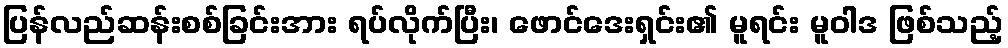
ပြန်လည်ဆန်းစစ်ခြင်းအား ရပ်လိုက်ပြီး၊ ဖောင်ဒေးရှင်း၏ မူရင်း မူဝါဒ ဖြစ်သည့်